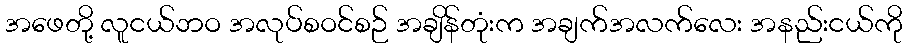
အဖေတို့ လူငယ်ဘဝ အလုပ်စဝင်စဉ် အချိန်တုံးက အချက်အလက်လေး အနည်းငယ်ကို